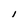
Character: I